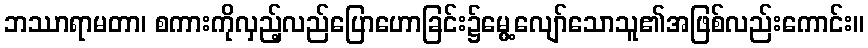
ဘဿာရာမတာ၊ စကားကိုလှည့်လည်ပြောဟောခြင်း၌မွေ့လျော်သောသူ၏အဖြစ်လည်းကောင်း။